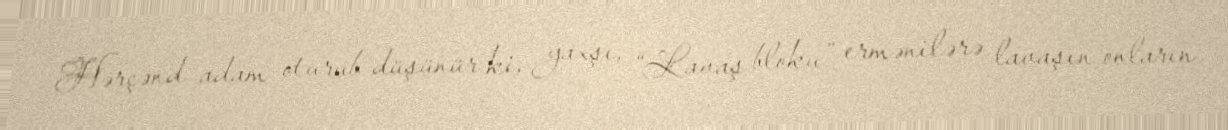
Hərçənd adam oturub düşünür ki, yaxşı, “Lavaş bloku” ermənilərə lavaşın onların